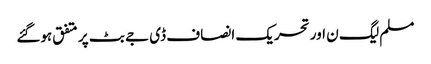
مسلم لیگ ن اور تحریک انصاف ڈی جے بٹ پر متفق ہوگئے